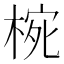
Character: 𭪮